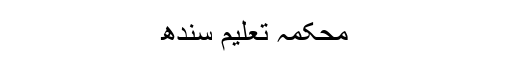
محکمہ تعلیم سندھ